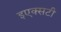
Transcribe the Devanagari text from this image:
इएक्सटी